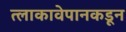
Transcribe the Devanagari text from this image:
त्लाकावेपानकडून